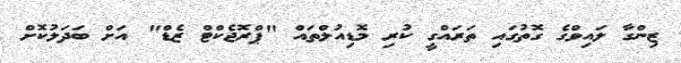
ޒިންގާ ލައިވްގެ ގޮތުގައި ތަރައްގީ ކުރި މޮޑިއުލްތައް "ޕްރޮޖެކްޓް ޒެޑް" އަށް ބަދަލުކޮށް